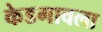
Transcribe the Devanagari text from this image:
केडगावला